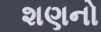
શણનો